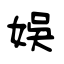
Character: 娱